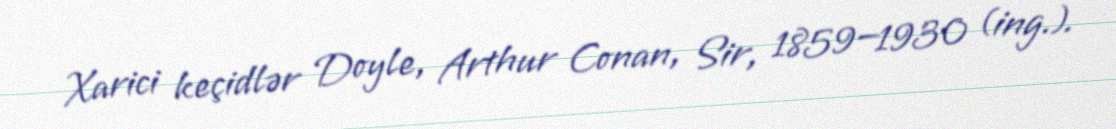
Xarici keçidlər Doyle, Arthur Conan, Sir, 1859—1930 (ing.).